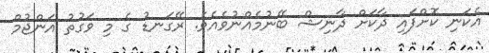
އެކަނި ކޮށްފައި ދާކަށް ދާނިޝް ބޭނުމެއްނުވެއެވެ. ރޭގަނޑު ގެ މި ވަގުތު އަންޖުމް